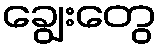
ချွေးတွေ